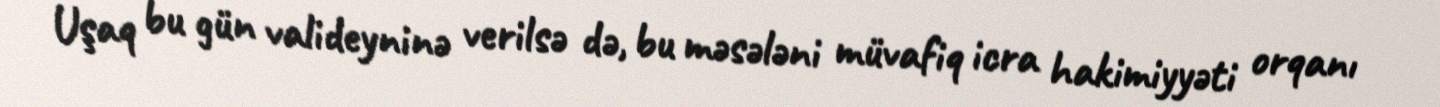
Uşaq bu gün valideyninə verilsə də, bu məsələni müvafiq icra hakimiyyəti orqanı